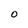
Character: O